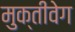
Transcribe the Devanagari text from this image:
मुक्तीवेग